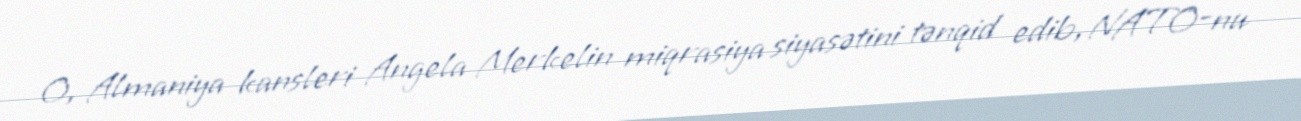
O, Almaniya kansleri Angela Merkelin miqrasiya siyasətini tənqid edib, NATO-nu